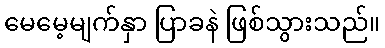
မေမေ့မျက်နှာ ပြာခနဲ ဖြစ်သွားသည်။